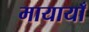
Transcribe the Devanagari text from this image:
मायायाँ